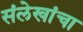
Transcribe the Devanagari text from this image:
संलेखांचा